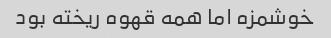
خوشمزه اما همه قهوه ریخته بود